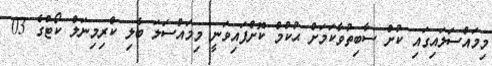
މިމައްސަލައިގައި ކުށް ސާބިތުވާކަމަށް ޙުކުމް ކޮށްފައިވަނީ މިމައްސަލަ ބެލި ކްރިމިނަލް ކޯޓުގެ 03